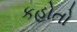
કહોતો